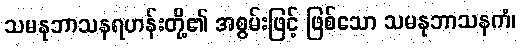
သမနုဘာသနရဟန်းတို့၏ အစွမ်းဖြင့် ဖြစ်သော သမနုဘာသနကံ၊